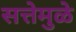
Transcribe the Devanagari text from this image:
सत्तेमुळे